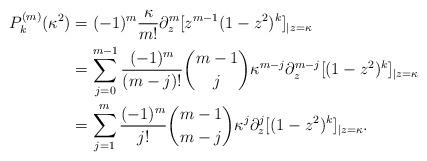
LaTeX: \begin{align*}P_k^{(m)}(\kappa^2) &= (-1)^m \frac{\kappa}{m!}\partial_z^m[z^{m-1}(1-z^2)^k]_{|z = \kappa} \\& = \sum_{j=0}^{m-1} \frac{(-1)^m}{(m-j)!}\binom{m-1}{j}\kappa^{m-j}\partial_z^{m-j}[(1-z^2)^k]_{|z=\kappa}\\& = \sum_{j=1}^{m} \frac{(-1)^m}{j!}\binom{m-1}{m-j}\kappa^{j}\partial_z^{j}[(1-z^2)^k]_{|z=\kappa}.\end{align*}